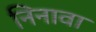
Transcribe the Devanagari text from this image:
निनावा